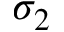
\sigma _ { 2 }